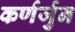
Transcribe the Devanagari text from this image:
कर्णर्जुन